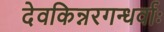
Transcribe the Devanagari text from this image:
देवकिन्नरगन्धर्वाः